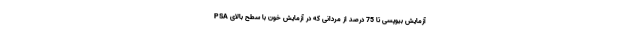
آزمایش بیوپسی تا 75 درصد از مردانی که در آزمایش خون با سطح بالای PSA